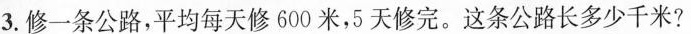
3.修一条公路，平均每天修600米，5天修完。这条公路长多少千米?